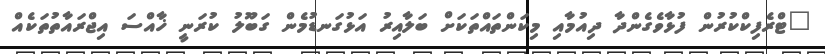
"ޓްރެފިކްކުރުން ފުޅާވެގެންދާ ދިއުމާއި މިކަންތައްތަކަށް ބަލާއިރު އަޅުގަނޑުމެން ގަބޫލު ކުރަނީ ޚާއްސަ އިޖްރައާތުތަކެއް